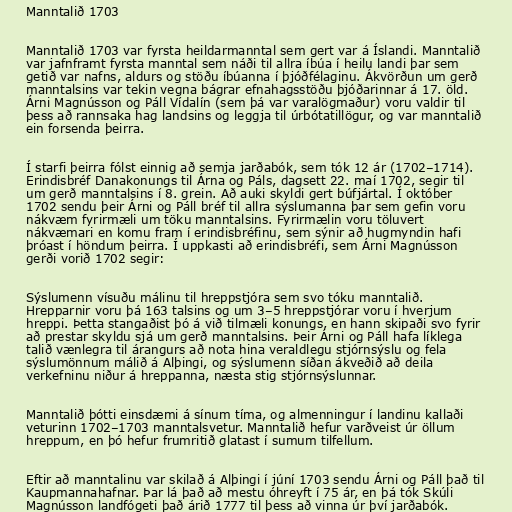
Manntalið 1703

Manntalið 1703 var fyrsta heildarmanntal sem gert var á Íslandi. Manntalið
var jafnframt fyrsta manntal sem náði til allra íbúa í heilu landi þar sem
getið var nafns, aldurs og stöðu íbúanna í þjóðfélaginu. Ákvörðun um gerð
manntalsins var tekin vegna bágrar efnahagsstöðu þjóðarinnar á 17. öld.
Árni Magnússon og Páll Vídalín (sem þá var varalögmaður) voru valdir til
þess að rannsaka hag landsins og leggja til úrbótatillögur, og var manntalið
ein forsenda þeirra.

Í starfi þeirra fólst einnig að semja jarðabók, sem tók 12 ár (1702–1714).
Erindisbréf Danakonungs til Árna og Páls, dagsett 22. maí 1702, segir til
um gerð manntalsins í 8. grein. Að auki skyldi gert búfjártal. Í október
1702 sendu þeir Árni og Páll bréf til allra sýslumanna þar sem gefin voru
nákvæm fyrirmæli um töku manntalsins. Fyrirmælin voru töluvert
nákvæmari en komu fram í erindisbréfinu, sem sýnir að hugmyndin hafi
þróast í höndum þeirra. Í uppkasti að erindisbréfi, sem Árni Magnússon
gerði vorið 1702 segir:

Sýslumenn vísuðu málinu til hreppstjóra sem svo tóku manntalið.
Hrepparnir voru þá 163 talsins og um 3–5 hreppstjórar voru í hverjum
hreppi. Þetta stangaðist þó á við tilmæli konungs, en hann skipaði svo fyrir
að prestar skyldu sjá um gerð manntalsins. Þeir Árni og Páll hafa líklega
talið vænlegra til árangurs að nota hina veraldlegu stjórnsýslu og fela
sýslumönnum málið á Alþingi, og sýslumenn síðan ákveðið að deila
verkefninu niður á hreppanna, næsta stig stjórnsýslunnar.

Manntalið þótti einsdæmi á sínum tíma, og almenningur í landinu kallaði
veturinn 1702–1703 manntalsvetur. Manntalið hefur varðveist úr öllum
hreppum, en þó hefur frumritið glatast í sumum tilfellum.

Eftir að manntalinu var skilað á Alþingi í júní 1703 sendu Árni og Páll það til
Kaupmannahafnar. Þar lá það að mestu óhreyft í 75 ár, en þá tók Skúli
Magnússon landfógeti það árið 1777 til þess að vinna úr því jarðabók.